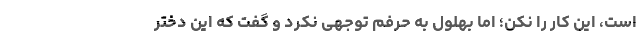
است، این کار را نکن؛ اما بهلول به حرفم توجهی نکرد و گفت که این دختر